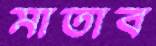
মাতাব